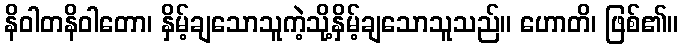
နိဝါတနိဝါတော၊ နှိမ့်ချသောသူကဲ့သို့နှိမ့်ချသောသူသည်။ ဟောတိ၊ ဖြစ်၏။